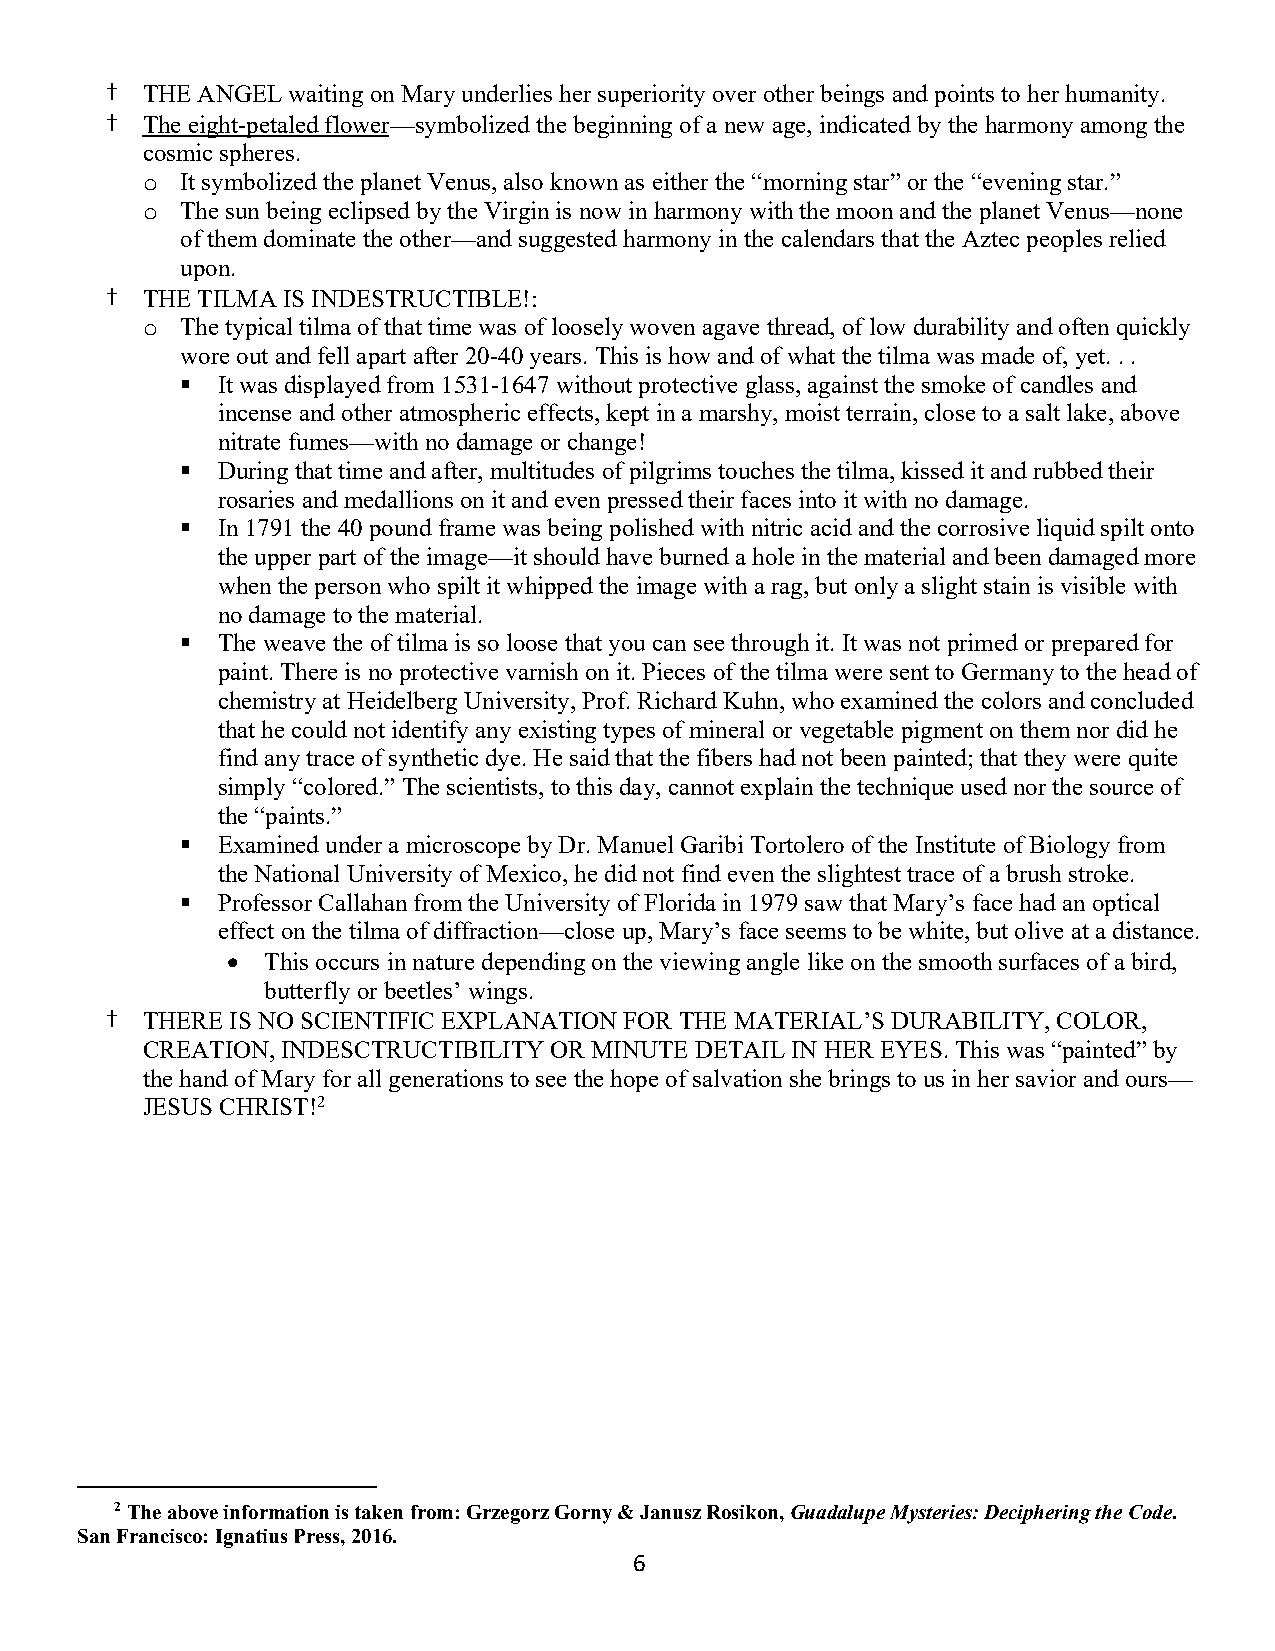
† THE ANGEL waiting on Mary underlies her superiority over other beings and points to her humanity.
 † The eight-petaled flower—symbolized the beginning of a new age, indicated by the harmony among the
 cosmic spheres.
 o  It symbolized the planet Venus, also known as either the “morning star” or the “evening star.”
 o  The sun being eclipsed by the Virgin is now in harmony with the moon and the planet Venus—none
 of them dominate the other—and suggested harmony in the calendars that the Aztec peoples relied
 upon.
 † THE TILMA IS INDESTRUCTIBLE!:
 o  The typical tilma of that time was of loosely woven agave thread, of low durability and often quickly
 wore out and fell apart after 20-40 years. This is how and of what the tilma was made of, yet. . .
 § It was displayed from 1531-1647 without protective glass, against the smoke of candles and
 incense and other atmospheric effects, kept in a marshy, moist terrain, close to a salt lake, above
 nitrate fumes—with no damage or change!
 § During that time and after, multitudes of pilgrims touches the tilma, kissed it and rubbed their
 rosaries and medallions on it and even pressed their faces into it with no damage.
 § In 1791 the 40 pound frame was being polished with nitric acid and the corrosive liquid spilt onto
 the upper part of the image—it should have burned a hole in the material and been damaged more
 when the person who spilt it whipped the image with a rag, but only a slight stain is visible with
 no damage to the material.
 § The weave the of tilma is so loose that you can see through it. It was not primed or prepared for
 paint. There is no protective varnish on it. Pieces of the tilma were sent to Germany to the head of
 chemistry at Heidelberg University, Prof. Richard Kuhn, who examined the colors and concluded
 that he could not identify any existing types of mineral or vegetable pigment on them nor did he
 find any trace of synthetic dye. He said that the fibers had not been painted; that they were quite
 simply “colored.” The scientists, to this day, cannot explain the technique used nor the source of
 the “paints.”
 § Examined under a microscope by Dr. Manuel Garibi Tortolero of the Institute of Biology from
 the National University of Mexico, he did not find even the slightest trace of a brush stroke.
 § Professor Callahan from the University of Florida in 1979 saw that Mary’s face had an optical
 effect on the tilma of diffraction—close up, Mary’s face seems to be white, but olive at a distance.
 •  This occurs in nature depending on the viewing angle like on the smooth surfaces of a bird,
 butterfly or beetles’ wings.
 † THERE IS NO SCIENTIFIC EXPLANATION FOR THE MATERIAL’S DURABILITY, COLOR,
 CREATION, INDESCTRUCTIBILITY OR MINUTE DETAIL IN HER EYES. This was “painted” by
 the hand of Mary for all generations to see the hope of salvation she brings to us in her savior and ours—
 JESUS CHRIST!2
 2 The above information is taken from: Grzegorz Gorny & Janusz Rosikon, Guadalupe Mysteries: Deciphering the Code.
 San Francisco: Ignatius Press, 2016.
 6